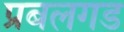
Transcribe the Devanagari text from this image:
प्रबलगड